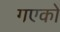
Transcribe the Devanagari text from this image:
गएको